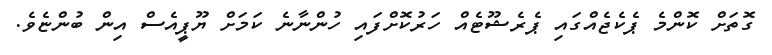
ގޮތަށް ކޮންމެ ޕެކެޖެއްގައި ޕެރެޝޫޓެއް ހަރުކޮށްފައި ހުންނާނެ ކަމަށް ޔޫޕީއެސް އިން ބުންޏެވެ.